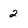
Character: 2